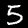
Digit: 5